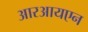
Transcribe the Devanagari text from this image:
आरआयएन